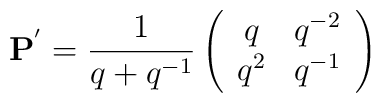
{\bf P}^{'}=\frac{1}{q+q^{-1}}\left(\begin{array}{cc}q&q^{-2}\\q^{2}&q^{-1}\end{array}\right)